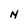
Character: N